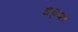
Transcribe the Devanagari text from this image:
वाड्मयके